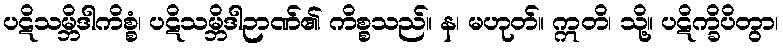
ပဋိသမ္ဘိဒါကိစ္စံ၊ ပဋိသမ္ဘိဒါဉာဏ်၏ ကိစ္စသည်။ န၊ မဟုတ်။ ဣတိ၊ သို့။ ပဋိက္ခိပိတွာ၊